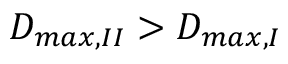
D _ { m a x , I I } > D _ { m a x , I }